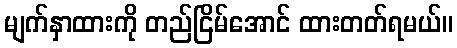
မျက်နှာထားကို တည်ငြိမ်အောင် ထားတတ်ရမယ်။